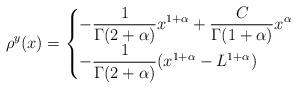
LaTeX: \begin{align*}\rho^{{y}}(x)=\begin{cases}\displaystyle-\frac{1}{\Gamma(2+\alpha)}x^{1+\alpha}+\frac{C}{\Gamma(1+\alpha)}x^\alpha\quad&\\\displaystyle-\frac{1}{\Gamma(2+\alpha)}(x^{1+\alpha}-L^{1+\alpha})\quad&\end{cases}\end{align*}